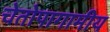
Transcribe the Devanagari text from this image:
चेतोपागामीय